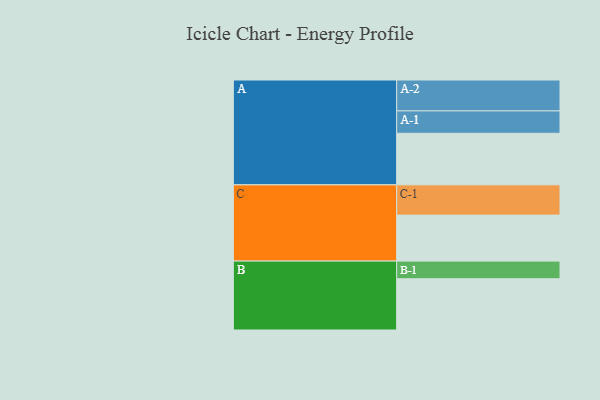
{"axis": {"x": "Segment", "y": "Value"}, "legend": ["", "A", "B", "C"], "data": [{"x": "A", "y": 479, "type": ""}, {"x": "B", "y": 476, "type": ""}, {"x": "C", "y": 427, "type": ""}, {"x": "A-1", "y": 208, "type": "A"}, {"x": "A-2", "y": 287, "type": "A"}, {"x": "B-1", "y": 164, "type": "B"}, {"x": "C-1", "y": 281, "type": "C"}]}